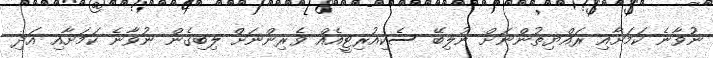
ނުވާނެ ކަމަށާއި ރައްޔިތުންނަށް ނުލިބޭ ސެކިއުރިޓީއެއް ވެރިންނަށް ލިބިގެން ނުވާނެ ކަމަށާއި އަދި